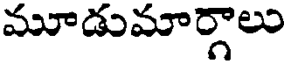
మూడుమార్గాలు